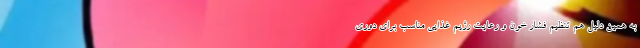
به همین دلیل هم تنظیم فشار خون و رعایت رژیم غذایی مناسب برای دوری